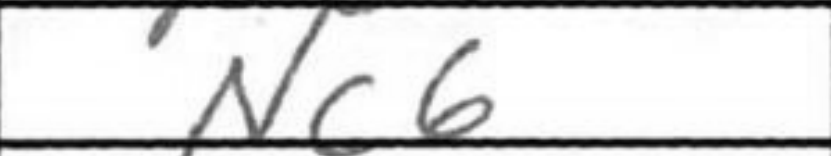
Transcription: Nc6